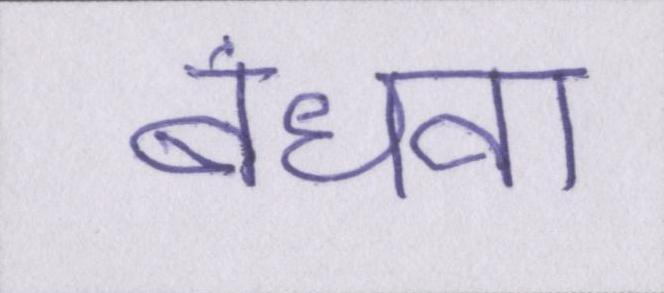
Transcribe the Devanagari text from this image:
बंधवा